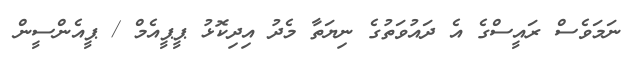
ނަމަވެސް ރައީސްގެ އެ ދައުވަތުގެ ނިޔަތާ މެދު އިދިކޮޅު ޕީޕީއެމް / ޕީއެންސީން